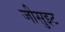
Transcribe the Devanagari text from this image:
जीसुइट